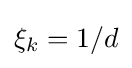
\xi _{k}=1/d\,\!